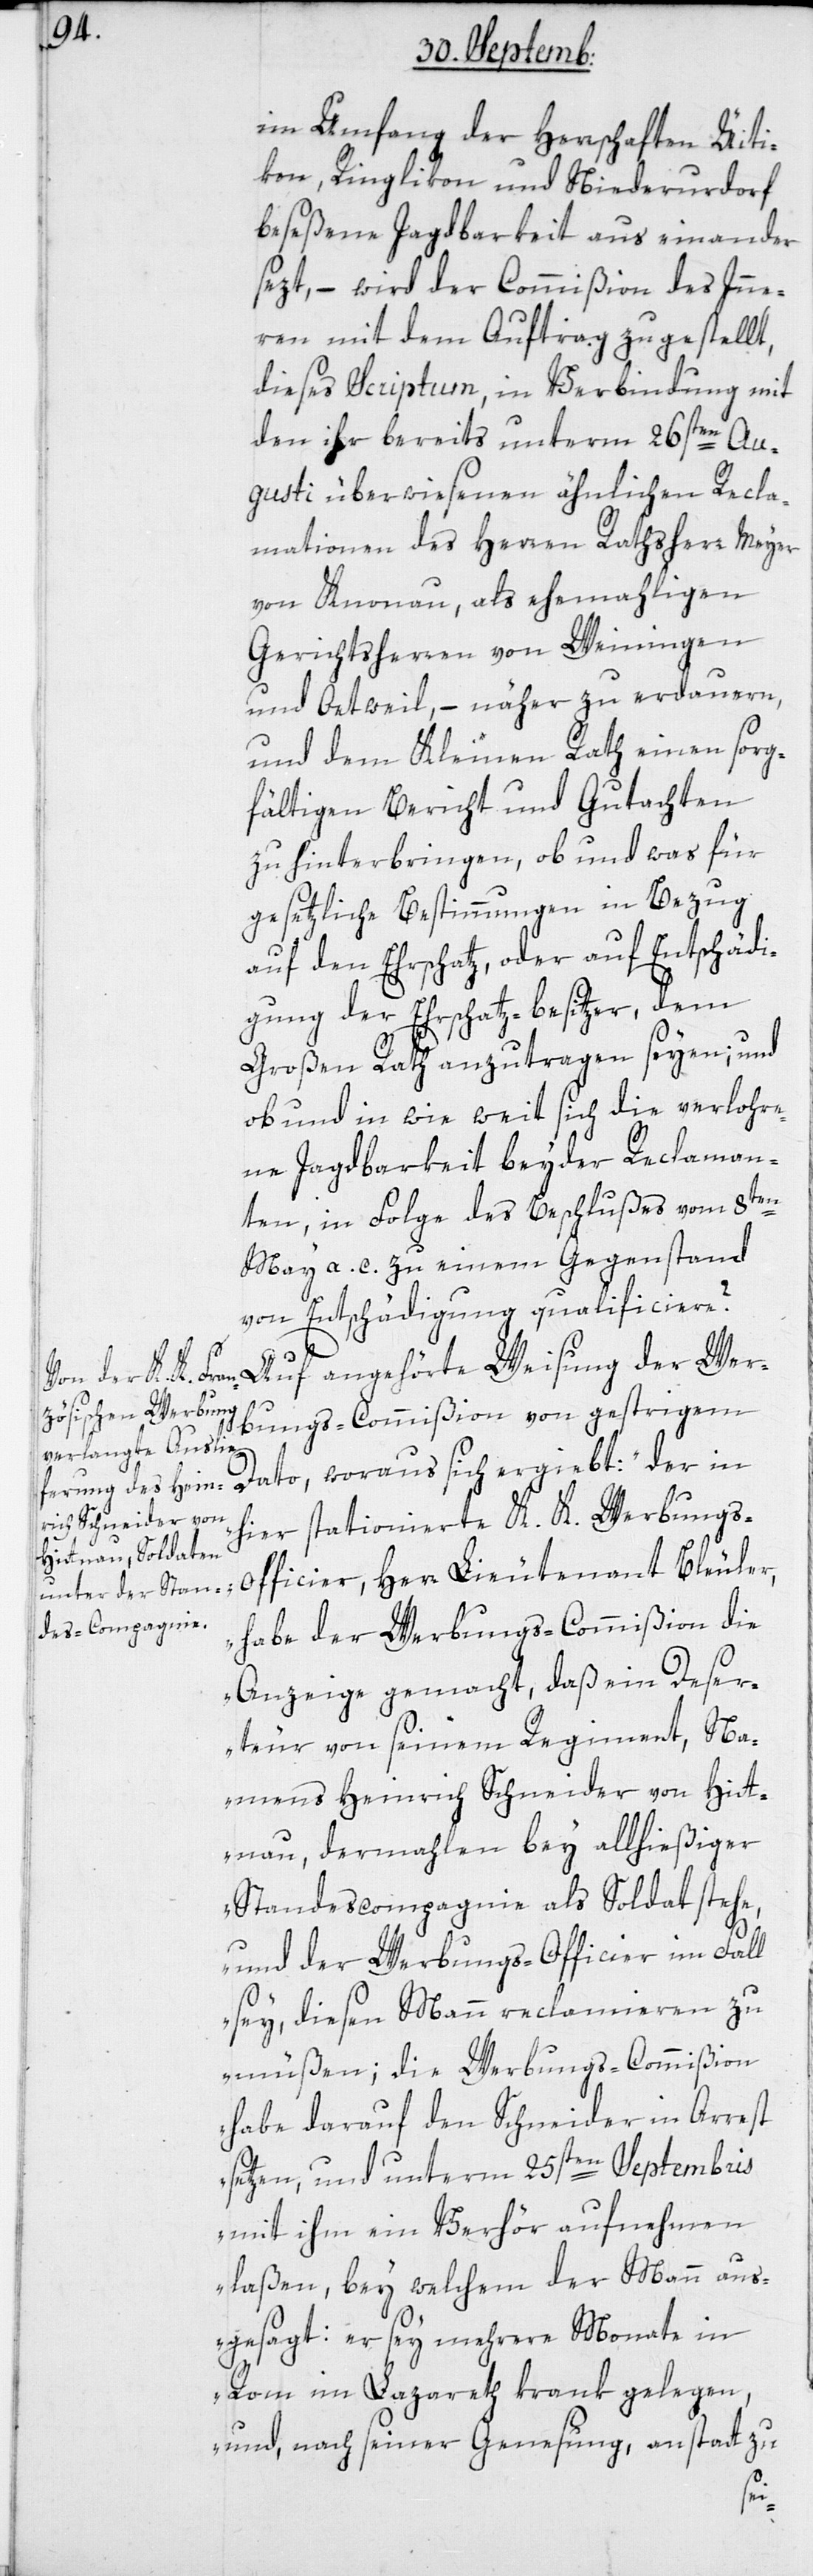
im Umfang der Herrschaften Üiti¬
kon, Ringlikon und Niederurdorf
beseßene Jagdbarkeit auseinander
sezt, – wird der Commißion des Inne¬
rn mit dem Auftrag zugestellt,
dieses Scriptum, in Verbindung mit
den ihr bereits unterm 26sten Au¬
gusti überwiesenen ähnlichen Recla¬
mation des Herren Rathsherr Meyer
von Knonau, als ehemahligen
Gerichtsherren von Weiningen
und Oetweil, – näher zu erdauern,
und dem Kleinen Rath einen sorg¬
fältigen Bericht und Gutachten
zu hinterbringen, ob und was für
gesetzliche Bestimmungen in Bezug
auf den Ehrschatz oder auf Entschädi¬
gung der Ehrschatz-besitzer, dem
Großen Rath anzutragen seyen; und
ob und in wie weit sich die verlor¬
ne Jagdbarkeit beyder Reclaman¬
ten, in Folge des Beschlußes vom 8ten
May a. c. zu einem Gegenstand
von Entschädigung qualificiere?
s-O¬
Auf angehörte Weisung der Wer¬
bungs-Commißion von gestrigem
Dato, woraus sich ergiebt: „Der in
hier stationierte K. K. Werbung¬
fficier, Herr Lieutenant Bleuler,
habe der Werbungs-Commißion die
Anzeige gemacht, daß ein Deser¬
teur von seinem Regiment, Na¬
mens Heinrich Schneider von Hit¬
tnau, dermahlen bey allhießiger
Standescompagnie als Soldat stehe,
und der Werbungs-Officier im Fall
sey, diesen Mann reclamieren zu
müßen; die Werbungs-Commißion
habe darauf den Schneider in Arrest
setzen, und unterm 25sten Septembris
mit ihm ein Verhör aufnehmen
laßen, bey welchem der Mann aus¬
gesagt: er sey mehrere Monate in
Rom im Lazareth krank gelegen,
und nach seiner Genesung, anstatt zu